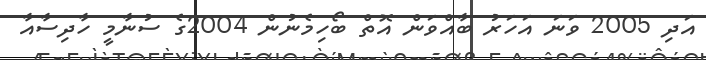
އަދި 2005 ވަނަ އަހަރު ބާއްވަން އޮތް ބޯހިމެނުން 2004ގެ ސުނާމީ ހާދިސާއާ